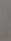
.